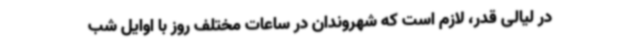
در لیالی قدر، لازم است که شهروندان در ساعات مختلف روز با اوایل شب